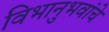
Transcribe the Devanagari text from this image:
विभानुभवांचे